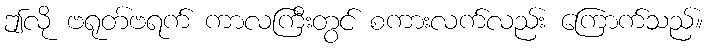
ဤလို ဗရုတ်ဗရက် ကာလကြီးတွင် စကားလက်လည်း ကြောက်သည်။